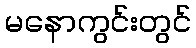
မနောကွင်းတွင်